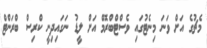
މެޗުގެ އަށް ވަނަ މިނެޓުގައި ވެސްޓްބްރޮމް އަށް ލީޑު ނަގައިދިނީ ކްރިސް ބްރަންޓް